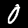
Digit: 0